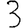
Digit: 3